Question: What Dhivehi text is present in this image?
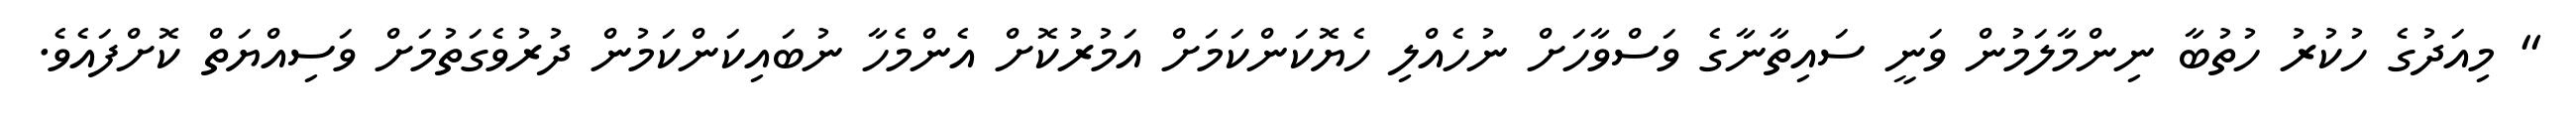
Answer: " މިއަދުގެ ހުކުރު ހުތުބާ ނިންމާލަމުން ވަނީ ސައިތާނާގެ ވަސްވާހަށް ނުހެއްލި ހެޔޮކަންކަމަށް އަމުރުކޮށް އެންމެހާ ނުބައިކަންކަމުން ދުރުވެގަތުމަށް ވަސިއްޔަތް ކޮށްފައެވެ.